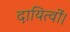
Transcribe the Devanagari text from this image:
दायित्वों।